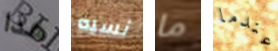
هذا نسبه ما عندما